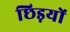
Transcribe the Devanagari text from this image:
छिड़यों